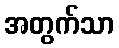
အတွက်သာ